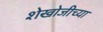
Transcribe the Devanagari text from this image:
शेखोजीच्या